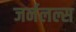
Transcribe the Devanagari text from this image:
जर्नलल्स